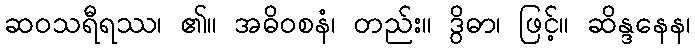
ဆဝသရီရဿ၊ ၏။ အဓိဝစနံ၊ တည်း။ ဒွိဓာ၊ ဖြင့်။ ဆိန္ဒနေန၊